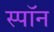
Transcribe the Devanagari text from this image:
स्पॉन